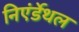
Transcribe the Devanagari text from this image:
निएंर्डेथल